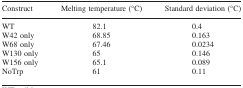
| Construct | Melting temperature (°C) | Standard deviation (°C) |
 | --- | --- | --- |
 | WT | 82.1 | 0.4 |
 | W42 only | 68.85 | 0.163 |
 | W68 only | 67.46 | 0.0234 |
 | W130 only | 65 | 0.146 |
 | W156 only | 65.1 | 0.089 |
 | NoTrp | 61 | 0.11 |